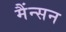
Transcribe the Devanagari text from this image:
मैंन्सन